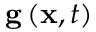
{ { \bf { g } } \left( { { \bf { x } } , t } \right) }